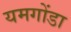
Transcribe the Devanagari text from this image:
यमगोंडा